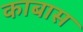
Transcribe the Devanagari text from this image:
काबास